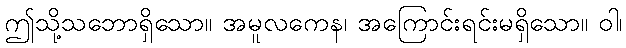
ဤသို့သဘောရှိသော။ အမူလကေန၊ အကြောင်းရင်းမရှိသော။ ဝါ၊